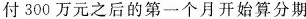
付300万元之后的第一个月开始算分期